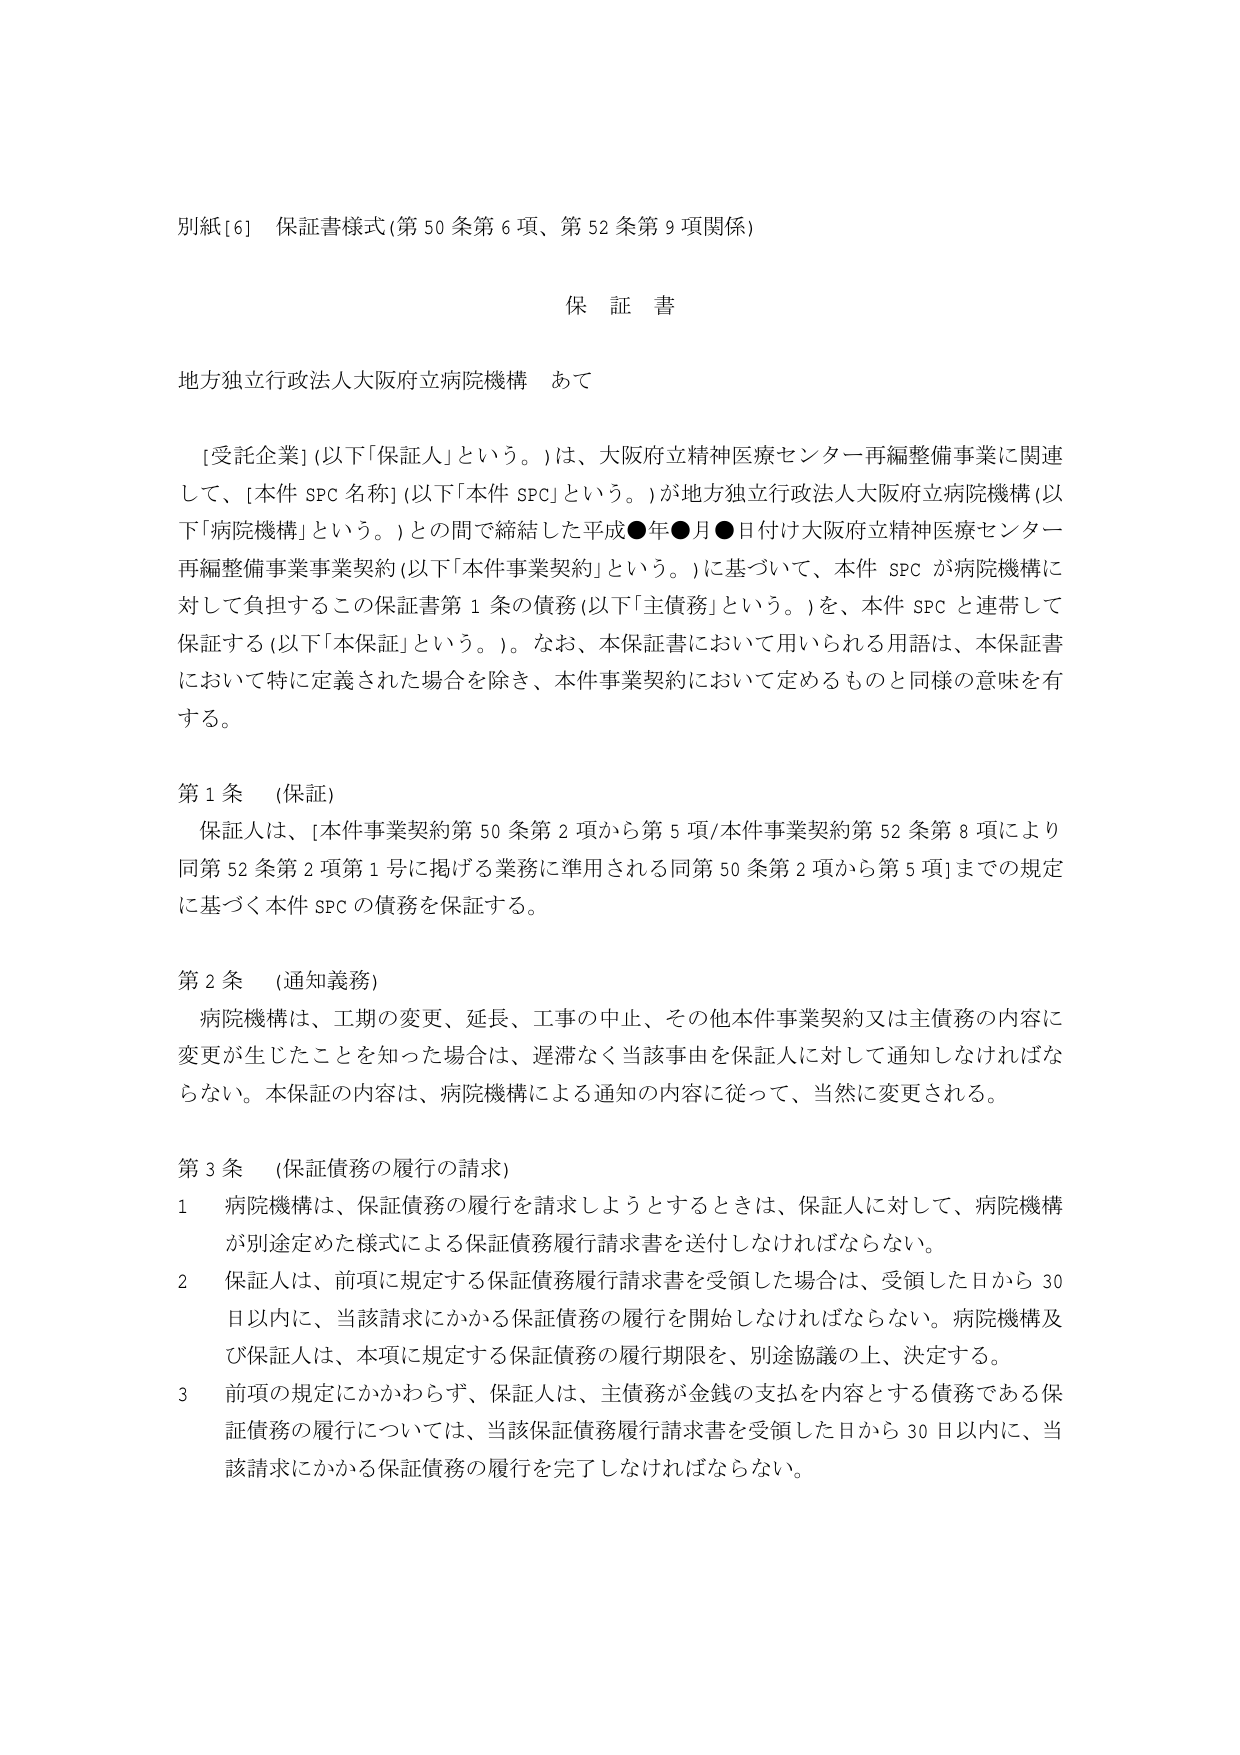
別紙[6] 保証書様式(第50条第6項、第52条第9項関係)

保 証 書

地方独立行政法人大阪府立病院機構 あて

[受託企業](以下「保証人」という。)は、大阪府立精神医療センター再編整備事業に関連して、[本件SPC名称](以下「本件SPC」という。)が地方独立行政法人大阪府立病院機構(以下「病院機構」という。)との間で締結した平成●年●月●日付け大阪府立精神医療センター再編整備事業事業契約(以下「本件事業契約」という。)に基づいて、本件SPCが病院機構に対して負担するこの保証書第1条の債務(以下「主債務」という。)を、本件SPCと連帯して保証する(以下「本保証」という。)。なお、本保証書において用いられる用語は、本保証書において特に定義された場合を除き、本件事業契約において定めるものと同様の意味を有する。

第1条 (保証)
保証人は、[本件事業契約第50条第2項から第5項/本件事業契約第52条第8項により同第52条第2項第1号に掲げる業務に準用される同第50条第2項から第5項]までの規定に基づく本件SPCの債務を保証する。

第2条 (通知義務)
病院機構は、工期の変更、延長、工事の中止、その他本件事業契約又は主債務の内容に変更が生じたことを知った場合は、遅滞なく当該事由を保証人に対して通知しなければならない。本保証の内容は、病院機構による通知の内容に従って、当然に変更される。

第3条 (保証債務の履行の請求)
1 病院機構は、保証債務の履行を請求しようとするときは、保証人に対して、病院機構が別途定めた様式による保証債務履行請求書を送付しなければならない。
2 保証人は、前項に規定する保証債務履行請求書を受領した場合は、受領した日から30日以内に、当該請求にかかる保証債務の履行を開始しなければならない。病院機構及び保証人は、本項に規定する保証債務の履行期限を、別途協議の上、決定する。
3 前項の規定にかかわらず、保証人は、主債務が金銭の支払を内容とする債務である保証債務の履行については、当該保証債務履行請求書を受領した日から30日以内に、当該請求にかかる保証債務の履行を完了しなければならない。